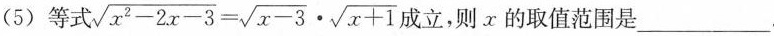
(5)等式$$\sqrt { x ^ { 2 } - 2 x - 3 } = \sqrt { x - 3 } \cdot \sqrt { x + 1 }$$成立，则x的取值范围是___.